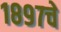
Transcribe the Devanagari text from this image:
१८९७चे